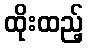
ထိုးထည့်